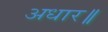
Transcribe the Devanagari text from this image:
अधार॥